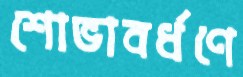
শোভাবর্ধণে